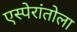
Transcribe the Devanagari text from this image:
एस्पेरांतोला